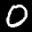
Label: 0